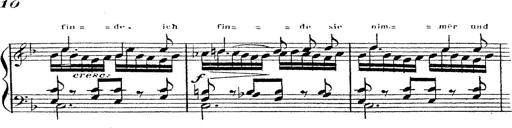
Title: 12 Lieder von Franz Schubert
Composer: Franz Liszt